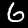
Label: 6